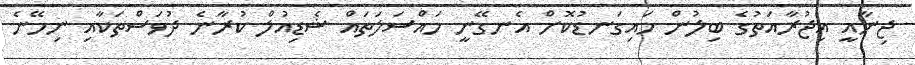
ޖިނާއީ އިޖުރާއަތުގެ ބިލުން މައިގަނޑުކޮށް އެނގޭނީ މައްސަލަތައް ޝެޑިއުލް ކުރާނެ ދުވަސްތަކާއި ނިމޭނެ